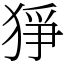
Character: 猙